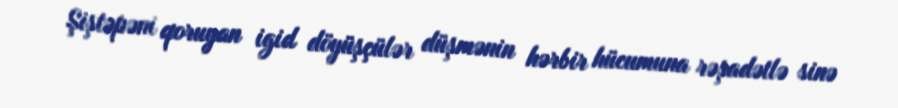
Şiştəpəni qoruyan igid döyüşçülər düşmənin hərbir hücumuna rəşadətlə sinə